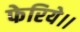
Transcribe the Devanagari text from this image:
फेरिये।।